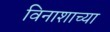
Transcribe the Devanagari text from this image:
विनाशाच्या